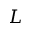
L